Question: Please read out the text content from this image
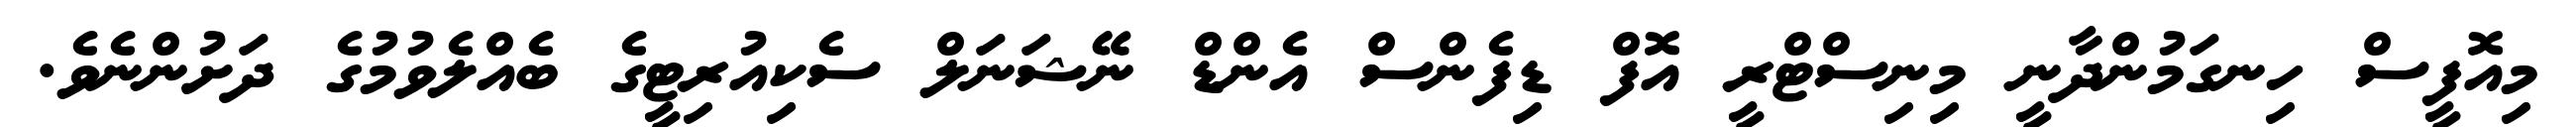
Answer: މިއޮފީސް ހިނގަމުންދާނީ މިނިސްޓްރީ އޮފް ޑިފެންސް އެންޑް ނޭޝަނަލް ސެކިއުރިޓީގެ ބެއްލެވުމުގެ ދަށުންނެވެ.